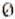
0